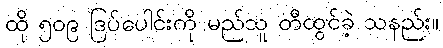
ထို ၅၀၉ ဒြပ်ပေါင်းကို မည်သူ တီထွင်ခဲ့ သနည်း။